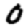
Digit: 0